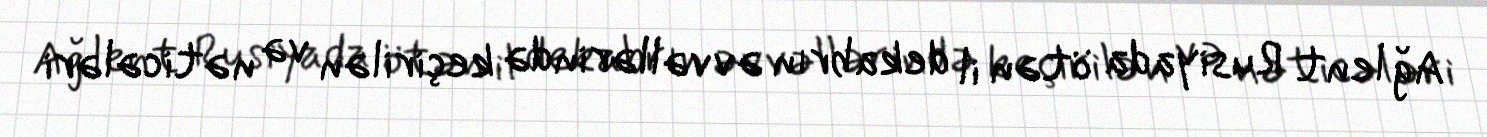
Ağ lent Rusiyada ötən il dekabrın əvvəllərində keçirilən və nəticələri